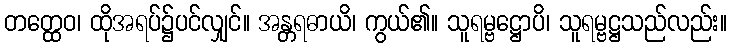
တတ္ထေဝ၊ ထိုအရပ်၌ပင်လျှင်။ အန္တရဓာယိ၊ ကွယ်၏။ သူရမ္ဗဋ္ဌောပိ၊ သူရမ္ဗဋ္ဌသည်လည်း။